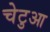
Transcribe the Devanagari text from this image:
चेटुआ